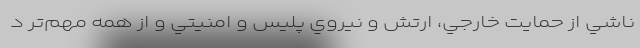
ناشي از حمايت خارجي، ارتش و نيروي پليس و امنيتي و از همه مهم‌تر د